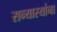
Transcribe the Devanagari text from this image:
सन्यास्यांना